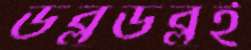
ডব্লুডব্লুই